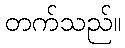
တက်သည်။